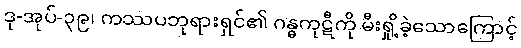
ဒု-အုပ်-၃၉၊ ကဿပဘုရားရှင်၏ ဂန္ဓကုဋီကို မီးရှို့ခဲ့သောကြောင့်